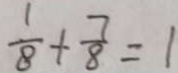
\frac { 1 } { 8 } + \frac { 7 } { 8 } = 1